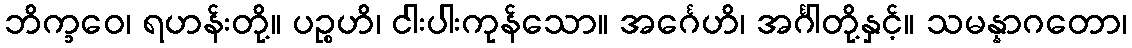
ဘိက္ခဝေ၊ ရဟန်းတို့။ ပဉ္စဟိ၊ ငါးပါးကုန်သော။ အင်္ဂေဟိ၊ အင်္ဂါတို့နှင့်။ သမန္နာဂတော၊